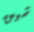
شيق